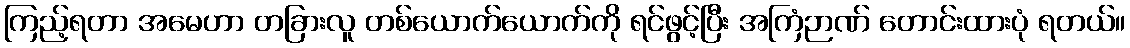
ကြည့်ရတာ အမေဟာ တခြားလူ တစ်ယောက်ယောက်ကို ရင်ဖွင့်ပြီး အကြံဉာဏ် တောင်းထားပုံ ရတယ်။